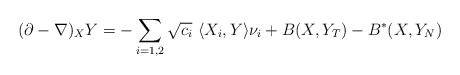
\begin{align*}(\partial-\nabla)_XY= -\sum_{i=1,2}\sqrt{c_i}\ \langle X_i , Y \rangle \nu_i +B(X,Y_T)-B^*(X,Y_N)\end{align*}